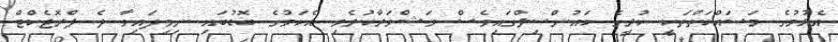
އެޅުމުގެ މަސައްކަތްތަކީ ކުރީގެ ކައުންސިލްގައިވެސް މަޝްވަރާކުރެވި އެކަމުގެ ބޮޑުބައި ނިމިފައިވާ ދެ ޕްރޮޖެކްޓް